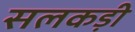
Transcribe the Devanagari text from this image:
सलकड़ी